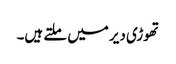
تھوڑی دیر میں ملتے ہیں۔